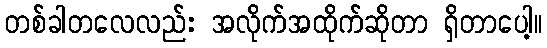
တစ်ခါတလေလည်း အလိုက်အထိုက်ဆိုတာ ရှိတာပေါ့။